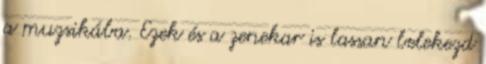
a muzsikába. Ezek és a zenekar is lassan belekezd